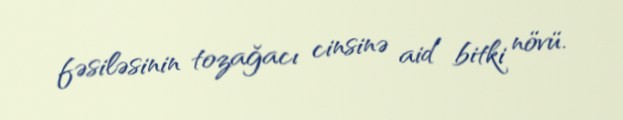
fəsiləsinin tozağacı cinsinə aid bitki növü.